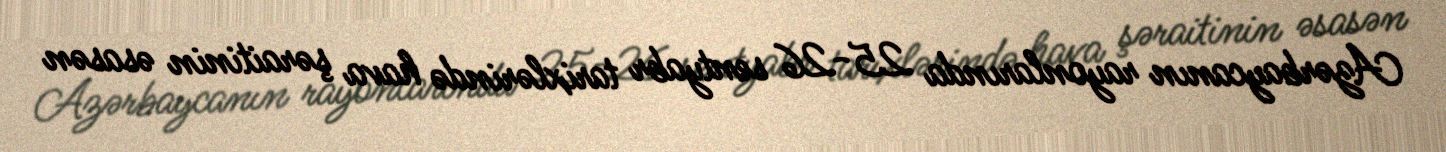
Azərbaycanın rayonlarında 25-26 sentyabr tarixlərində hava şəraitinin əsasən